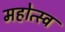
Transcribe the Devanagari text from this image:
महोत्स्व